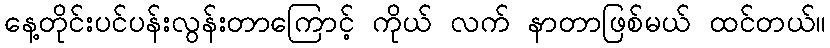
နေ့တိုင်းပင်ပန်းလွန်းတာကြောင့် ကိုယ် လက် နာတာဖြစ်မယ် ထင်တယ်။